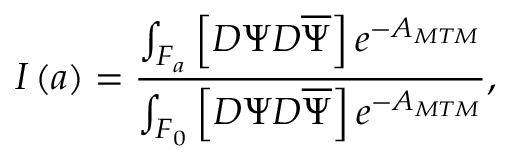
I \left( a \right) = \frac { \int _ { { \cal F } _ { a } } \left[ { \cal D } \Psi { \cal D } \overline { { { \Psi } } } \right] e ^ { - { \cal A } _ { M T M } } } { \int _ { { \cal F } _ { 0 } } \left[ { \cal D } \Psi { \cal D } \overline { { { \Psi } } } \right] e ^ { - { \cal A } _ { M T M } } } ,